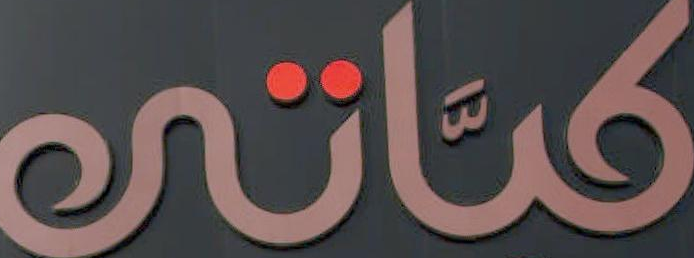
كتاتي